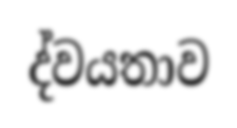
ද්වයතාව